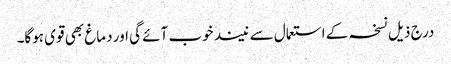
درج ذیل نسخہ کے استعمال سے نیند خوب آئے گی اور دماغ بھی قوی ہوگا۔